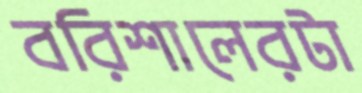
বরিশালেরটা